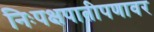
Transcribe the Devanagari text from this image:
निःपक्षपातीपणावर